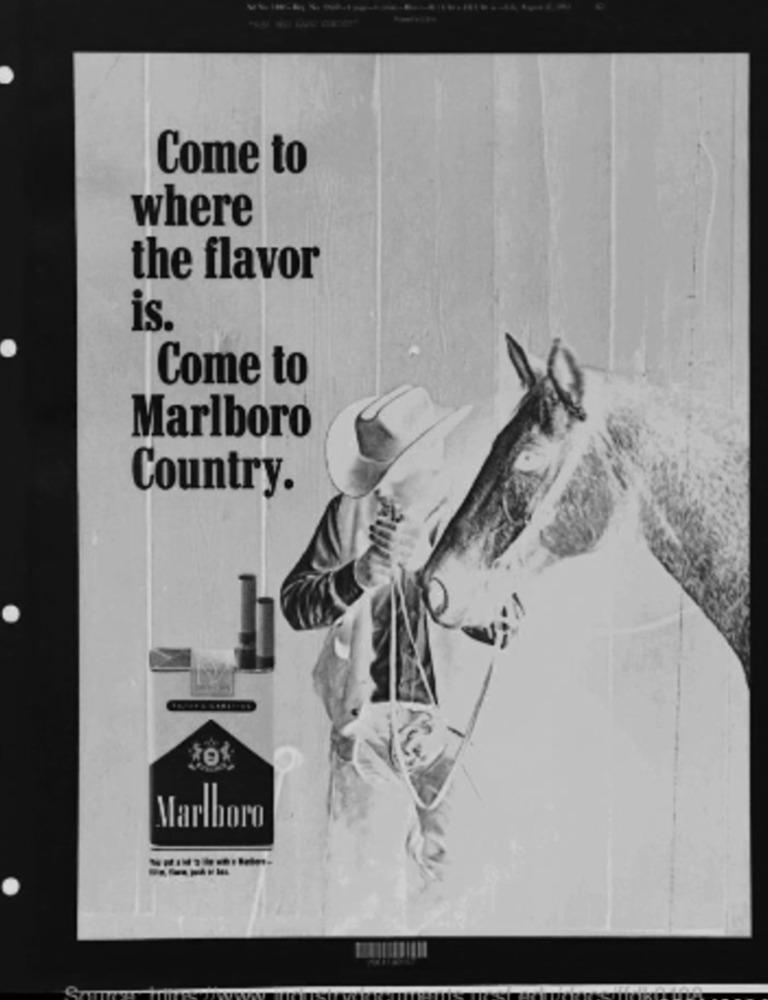
Come to
where
the flavor
is.
Come to
Marlboro
Country.
Marlboro
-----